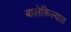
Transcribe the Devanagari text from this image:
बालेकिल्यात